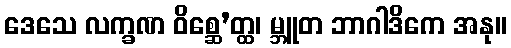
ဒေသေ လက္ခဏ ဝိစ္ဆေ’တ္ထ၊ မ္ဘူတ ဘာဂါဒိကေ အနု။